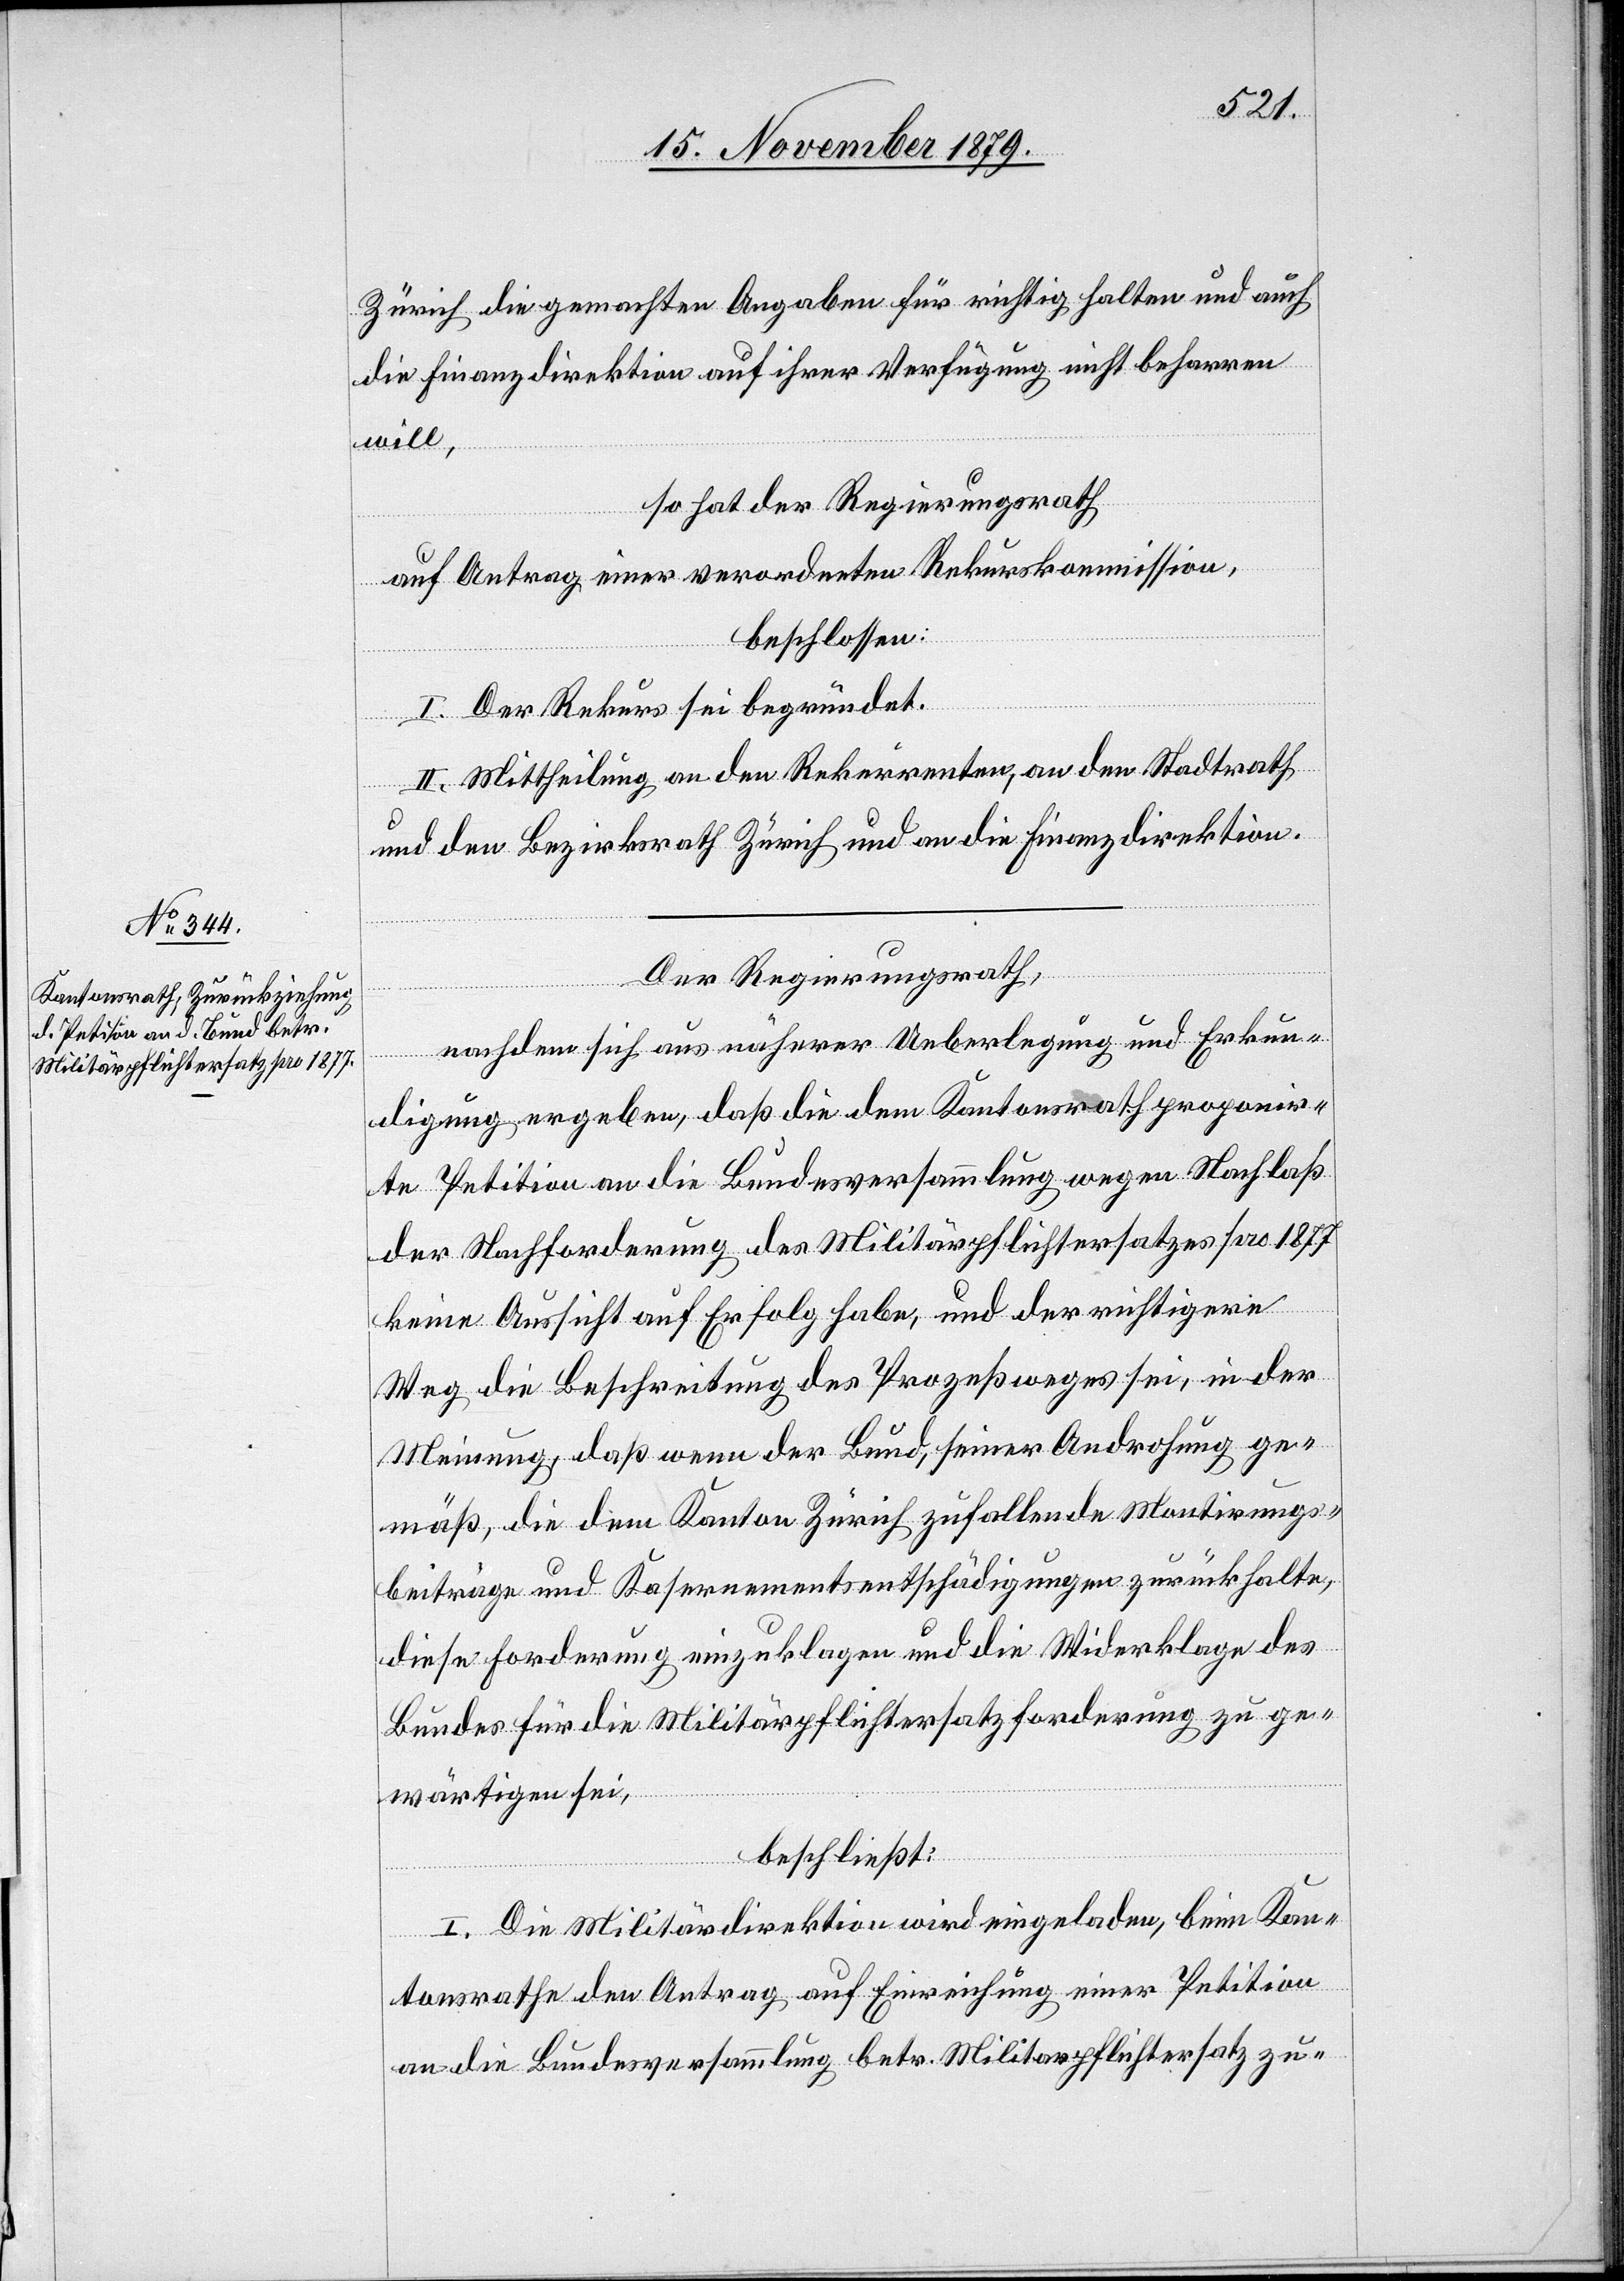
Zürich die gemachten Angaben für richtig halten und auch
die Finanzdirektion auf ihrer Verfügung nicht beharren
will,
so hat der Regierungsrath
auf Antrag einer verordneten Rekurskommission,
beschlossen:
I. Der Rekurs sei begründet.
II. Mittheilung an den Rekurrenten, an den Stadtrath
und den Bezirksrath Zürich und an die Finanzdirektion.
Der Regierungsrath,
nachdem sich aus näherer Ueberlegung und Erkun¬
digung ergeben, daß die dem Kantonsrathe proponir¬
te Petition an die Bundesversammlung wegen Nachlaß
der Nachforderung des Militärpflichtersatzes pro 1877
keine Aussicht auf Erfolg habe, und der richtigere
Weg die Beschreitung des Prozeßweges sei, in der
Meinung, daß wenn der Bund, seiner Androhung ge¬
mäß, die dem Kanton Zürich zufallende[n] Montirungs¬
beiträge und Kasernementsentschädigungen zurückhalte,
diese Forderung einzuklagen und die Widerklage des
Bundes für die Militärpflichtersatzforderung zu ge¬
wärtigen sei,
beschließt:
I. Die Militärdirektion wird eingeladen, beim Kan¬
tonsrathe den Antrag auf Einreichung einer Petition
an die Bundesversammlung betr. Militärpflichtersatz zu-